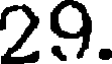
29.